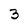
Character: 3